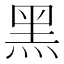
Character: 黑